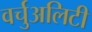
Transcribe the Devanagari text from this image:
वर्चुअलिटी